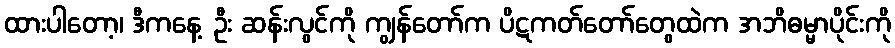
ထားပါတော့၊ ဒီကနေ့ ဦး ဆန်းလွင်ကို ကျွန်တော်က ပိဋကတ်တော်တွေထဲက အဘိဓမ္မာပိုင်းကို